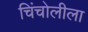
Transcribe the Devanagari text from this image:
चिंचोलीला